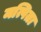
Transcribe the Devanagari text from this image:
मत्पिता